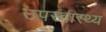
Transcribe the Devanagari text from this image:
उपस्‍वास्‍थ्‍य